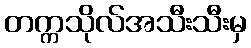
တက္ကသိုလ်အသီးသီးမှ